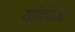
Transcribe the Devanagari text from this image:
यांकीज